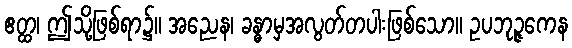
ဧတ္ထ၊ ဤသို့ဖြစ်ရာ၌။ အညေန၊ ခန္ဓာမှအလွတ်တပါးဖြစ်သော။ ဥပဘုဉ္ဇကေန